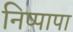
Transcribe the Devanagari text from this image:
निष्पापा